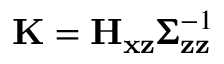
\mathbf { K } = \mathbf { H } _ { \mathbf { x } \mathbf { z } } \pmb { \Sigma } _ { \mathbf { z } \mathbf { z } } ^ { - 1 }